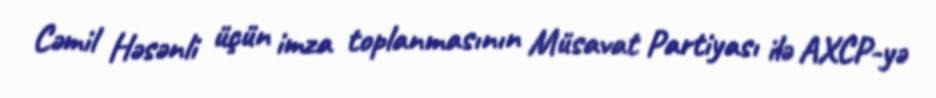
Cəmil Həsənli üçün imza toplanmasının Müsavat Partiyası ilə AXCP-yə